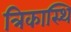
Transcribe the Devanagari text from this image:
त्रिकास्थि